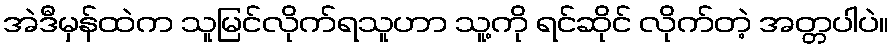
အဲဒီမှန်ထဲက သူမြင်လိုက်ရသူဟာ သူ့ကို ရင်ဆိုင် လိုက်တဲ့ အတ္တပါပဲ။